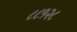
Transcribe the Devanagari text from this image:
८८१२८